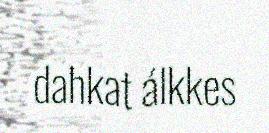
dahkat álkkes